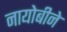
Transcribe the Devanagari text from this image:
नायोबीने